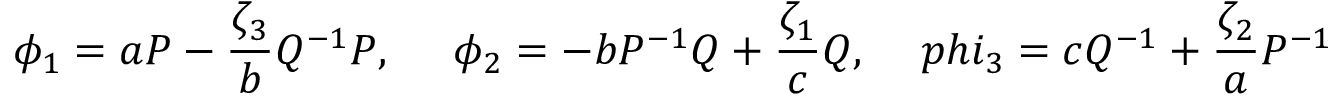
\phi _ { 1 } = a P - \frac { \zeta _ { 3 } } { b } Q ^ { - 1 } P , \ \ \ \ \phi _ { 2 } = - b P ^ { - 1 } Q + \frac { \zeta _ { 1 } } { c } Q , \ \ \ \, p h i _ { 3 } = c Q ^ { - 1 } + \frac { \zeta _ { 2 } } { a } P ^ { - 1 }